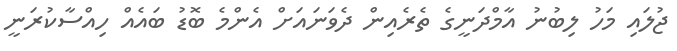
ޖުލައި މަހު ލިބުނު އާމްދަނީގެ ތެރެއިން ދެވަނައަށް އެންމެ ބޮޑު ބައެއް ހިއްސާކުރަނީ